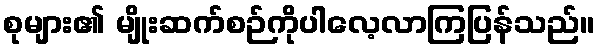
စုများ၏ မျိုးဆက်စဉ်ကိုပါလေ့လာကြပြန်သည်။